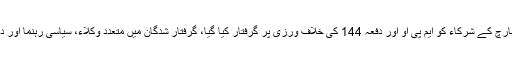
کراچی میں لانگ مارچ کے شرکاء کو ایم پی او اور دفعہ 144 کی خلاف ورزی پر گرفتار کیا گیا، گرفتار شدگان میں متعدد وکلاء، سیاسی رہنما اور دیگر افراد شامل ہیں۔